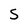
Character: 5